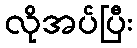
လိုအပ်ပြီး